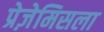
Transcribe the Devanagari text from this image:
प्रेज़ेमिसला